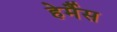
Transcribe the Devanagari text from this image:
हेर्मैस